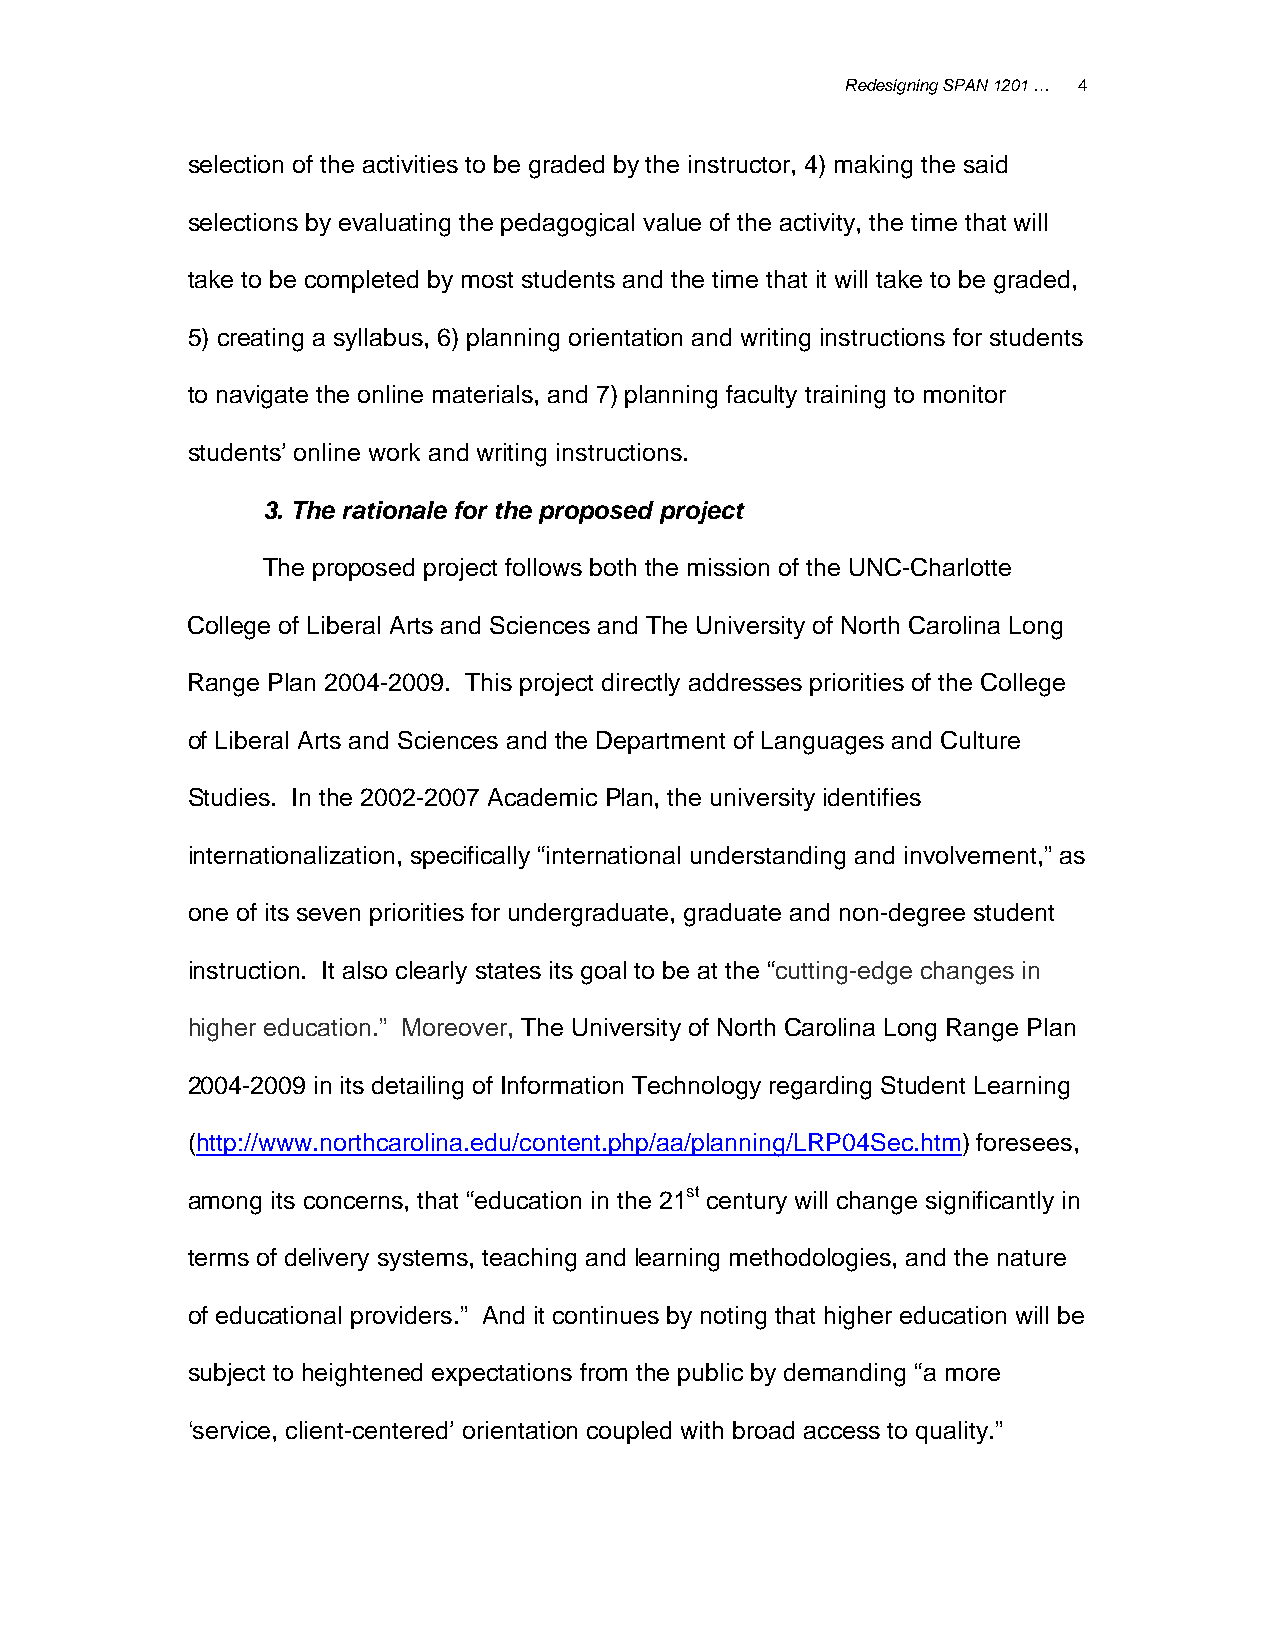
Redesigning SPAN 1201 … 4
 selection of the activities to be graded by the instructor, 4) making the said
 selections by evaluating the pedagogical value of the activity, the time that will
 take to be completed by most students and the time that it will take to be graded,
 5) creating a syllabus, 6) planning orientation and writing instructions for students
 to navigate the online materials, and 7) planning faculty training to monitor
 students’ online work and writing instructions.
 3. The rationale for the proposed project
 The proposed project follows both the mission of the UNC-Charlotte
 College of Liberal Arts and Sciences and The University of North Carolina Long
 Range Plan 2004-2009. This project directly addresses priorities of the College
 of Liberal Arts and Sciences and the Department of Languages and Culture
 Studies. In the 2002-2007 Academic Plan, the university identifies
 internationalization, specifically “international understanding and involvement,” as
 one of its seven priorities for undergraduate, graduate and non-degree student
 instruction. It also clearly states its goal to be at the “cutting-edge changes in
 higher education.” Moreover, The University of North Carolina Long Range Plan
 2004-2009 in its detailing of Information Technology regarding Student Learning
 (http://www.northcarolina.edu/content.php/aa/planning/LRP04Sec.htm) foresees,
 among its concerns, that “education in the 21st century will change significantly in
 terms of delivery systems, teaching and learning methodologies, and the nature
 of educational providers.” And it continues by noting that higher education will be
 subject to heightened expectations from the public by demanding “a more
 ‘service, client-centered’ orientation coupled with broad access to quality.”